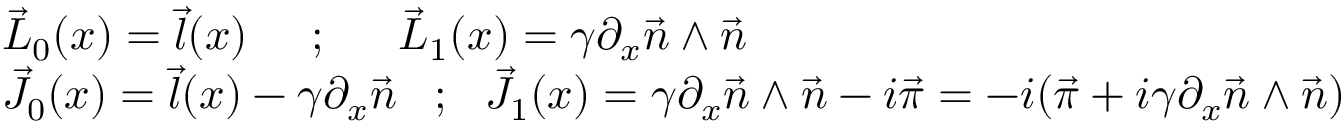
\begin{array} { l l } { { \vec { L } _ { 0 } ( x ) = \vec { l } ( x ) \; \; \; \; \; { ; } \; \; \; \; \; \; \vec { L } _ { 1 } ( x ) = \gamma \partial _ { x } \vec { n } \wedge \vec { n } } } \\ { { \vec { J } _ { 0 } ( x ) = \vec { l } ( x ) - \gamma \partial _ { x } \vec { n } \; \; \; { ; } \; \; \; \vec { J } _ { 1 } ( x ) = \gamma \partial _ { x } \vec { n } \wedge \vec { n } - i \vec { \pi } = - i ( \vec { \pi } + i \gamma \partial _ { x } \vec { n } \wedge \vec { n } ) } } \end{array}